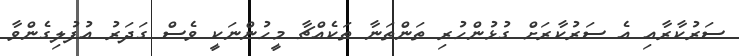
ސަރުކާރާއި އެ ސަރުކާރަށް ގުޅުންހުރި ތަންތަނާ ތަކެއްޗާ މީހުންނަކީ ވެސް ގަދަރު އުފުލިގެންވާ